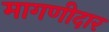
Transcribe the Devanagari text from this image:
मागणीदार